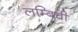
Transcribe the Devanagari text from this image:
लम्बिची